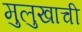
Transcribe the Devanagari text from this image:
मुलुखाची